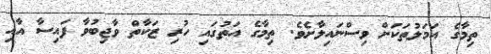
ތިމާގެ އަމަލުތަކަށް ވިސްނައިލާށެވެ. ތިމާގެ އަތުގައި ހުރި ޒަކާތް ވާޖިބުވާ ފައިސާ އާއި